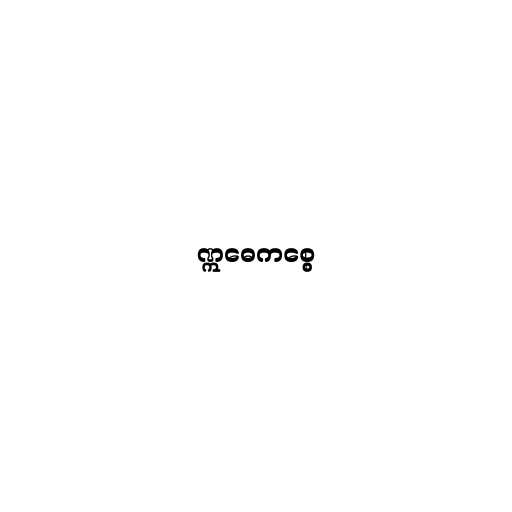
ဣဓေကစ္စေ